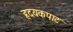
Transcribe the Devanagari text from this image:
हृदयकपाट